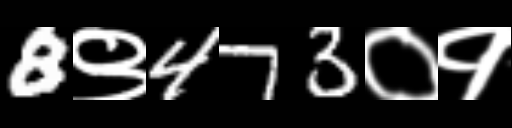
Text: 8९473०१